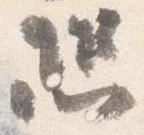
恐